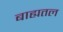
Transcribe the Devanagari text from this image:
बाह्यतल